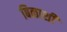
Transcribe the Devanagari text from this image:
बिळाशी